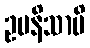
ဥပနိသာပိ